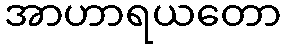
အာဟာရယတော